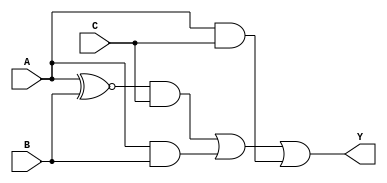
module three_variable_kmap (
    input wire A,  // Input variable A
    input wire B,  // Input variable B
    input wire C,  // Input variable C
    output wire Y  // Output Y
);

// The simplified Boolean expression derived from the K-map
// Y = A'C + AB + AC
assign Y = (A ~^ B) & C | (A & B) | (A & C);

endmodule